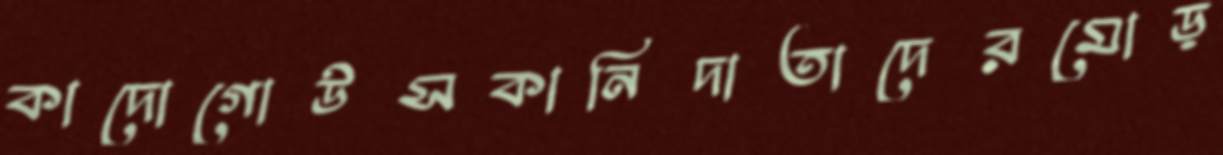
কাদোগোউসকানিদাতাদেরমোড়